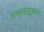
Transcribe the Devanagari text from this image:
गणनांनुसार